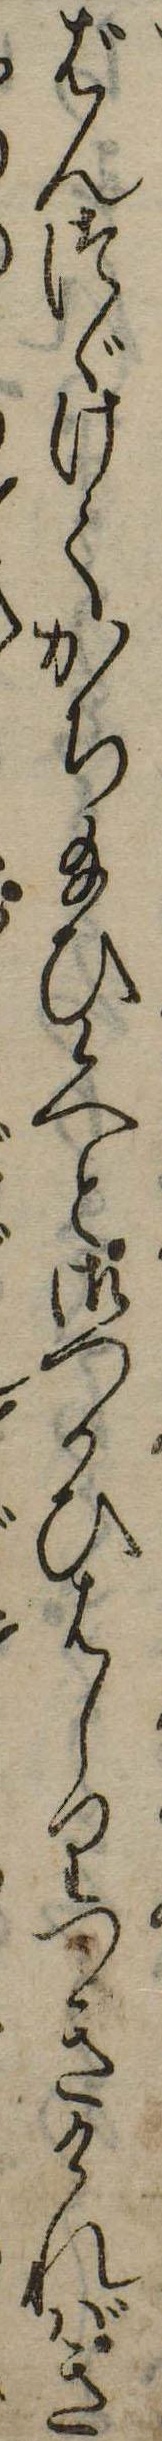
ばんつゞけてかち給ひ候へと御つかひはしりつきければき